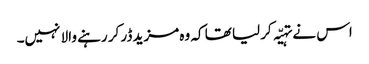
اس نے تہیّہ کر لیا تھا کہ وہ مزید ڈر کر رہنے والا نہیں۔